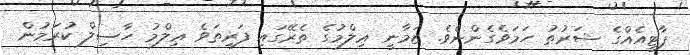
ޕާޓީއެއްގެ ޝަރުޠު ހަމަވެގެންނެވެ. ޒަމާނީ ޢިލްމުގެ ތެރޭގައި ފަރިތަވެ ޢިލްމު ހާސިލް ކުރަމުން